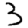
Digit: 3